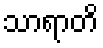
သာရာတိ